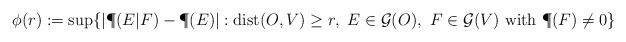
LaTeX: \begin{align*} \phi(r) : = \sup\{| \P(E | F) - \P(E)| : \textup{dist}(O,V)\geq r, \ E \in \mathcal{G}(O), \ F \in \mathcal{G}(V) \ \hbox{with} \ \P(F) \neq 0\} \end{align*}